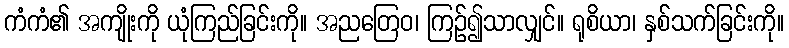
ကံကံ၏ အကျိုးကို ယုံကြည်ခြင်းကို။ အညတြေဝ၊ ကြဉ်၍သာလျှင်။ ရုစိယာ၊ နှစ်သက်ခြင်းကို။